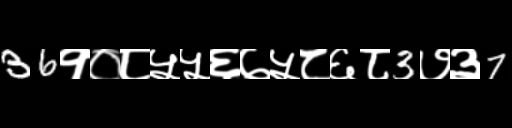
Text: 36१०८५५६७५८६८3७३7